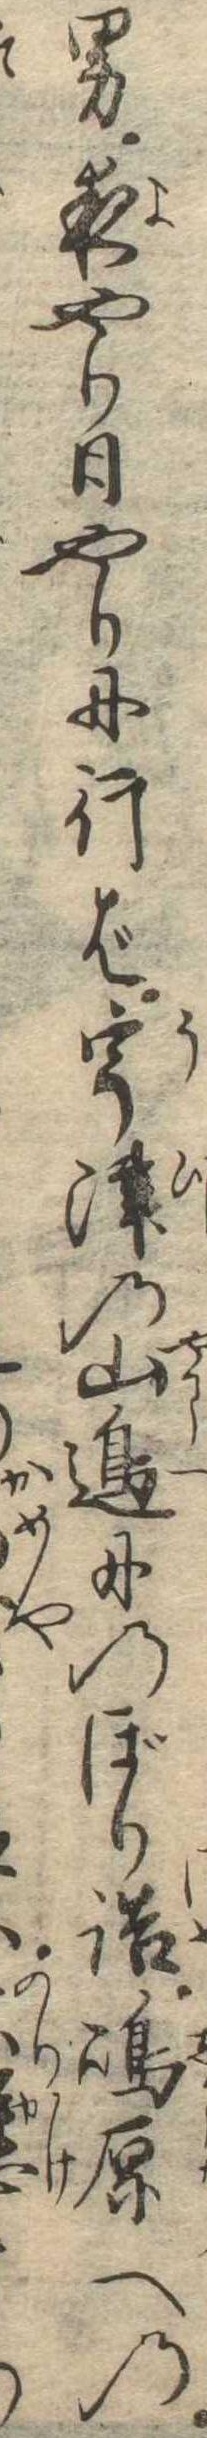
男夜やり日やりに行ば宇津の山辺にのぼり詰島原へのり